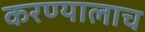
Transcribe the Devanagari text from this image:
करण्यालाच